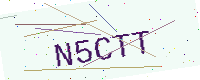
Text: N5CTT